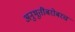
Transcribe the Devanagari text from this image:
अनुभूतींबरोबरच